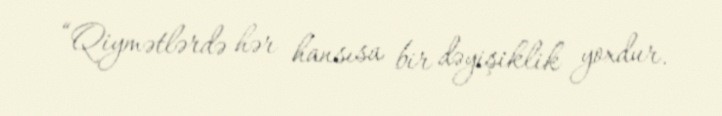
“Qiymətlərdə hər hansısa bir dəyişiklik yoxdur.